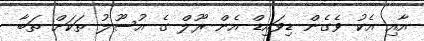
އާއި އެކު ވެގެން ޑިވައިޑް އެން ރޫލް ގެ އުސޫލު ތަކަށް ތަބާ